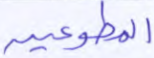
المطوعين